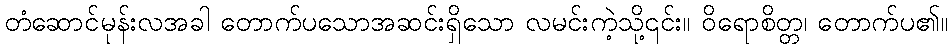
တံဆောင်မုန်းလအခါ တောက်ပသောအဆင်းရှိသော လမင်းကဲ့သို့၎င်း။ ဝိရောစိတ္တ၊ တောက်ပ၏။